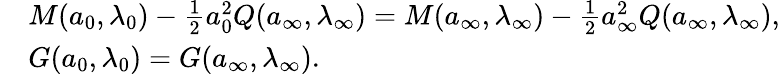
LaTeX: \begin{array}{rl}&{M({a}_{0},\lambda_{0})-\frac{1}{2}{a}_{0}^{2}Q({a}_{\infty},\lambda_{\infty})=M({a}_{\infty},\lambda_{\infty})-\frac{1}{2}{a}_{\infty}^{2}Q({a}_{\infty},\lambda_{\infty}),}\\ &{G({a}_{0},\lambda_{0})=G({a}_{\infty},\lambda_{\infty}).}\end{array}